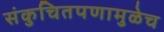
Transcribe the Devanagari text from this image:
संकुचितपणामुळेच